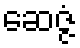
ဆေဇ္ဇံ